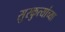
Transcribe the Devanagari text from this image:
सुरकुत्यांच्या